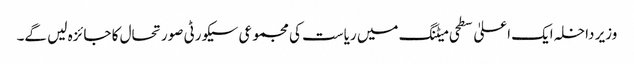
وزیر داخلہ ایک اعلیٰ سطحی میٹنگ میں ریاست کی مجموعی سیکورٹی صورتحال کا جائزہ لیں گے۔